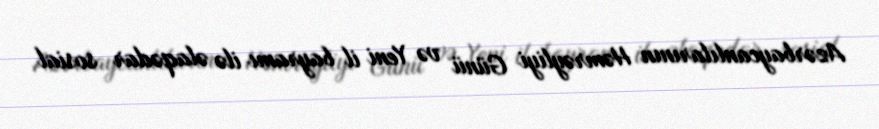
Azərbaycanlılarının Həmrəyliyi Günü və Yeni il bayramı ilə əlaqədar sosial